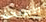
الأسلحة